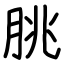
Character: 朓